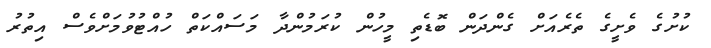
ކުށުގެ ވެށީގެ ތެރެއަށް ގެންދަން ބޮޑެތި މީހުން ކުރަމުންދާ މަސައްކަތް ހުއްޓުވުމަށްވެސް އިތުރު